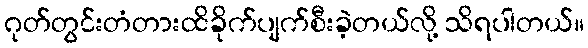
ဂုတ်တွင်းတံတားထိခိုက်ပျက်စီးခဲ့တယ်လို့ သိရပါတယ်။